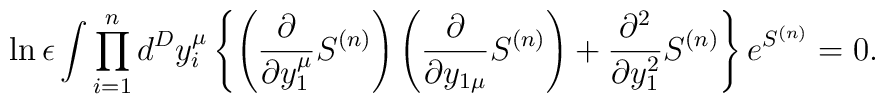
\ln \epsilon \int \prod_{i=1}^n d^Dy_i^\mu \left\{\left({\partial\over \partial y_1^\mu} S^{(n)} \right) \left( {\partial \over\partial y_{1\mu}}S^{(n)} \right)   + {\partial^2\over \partial  y_1^2}S^{(n)}\right\}  e^{S^{(n)}} = 0.